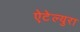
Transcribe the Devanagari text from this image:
ऐटेल्युरा